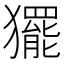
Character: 𭸰